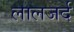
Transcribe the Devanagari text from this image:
लालजर्द